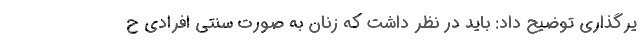
یرگذاری توضیح داد: باید در نظر داشت که زنان به صورت سنتی افرادی ح